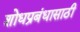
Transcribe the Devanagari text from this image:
शोधप्रबंधासाठी